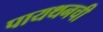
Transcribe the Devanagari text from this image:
पायथनची